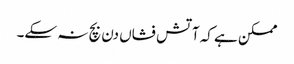
ممکن ہے کہ آتش فشاں دن بچ نہ سکے۔